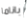
باناما